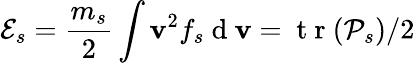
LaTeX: \mathcal{E}_{s}=\frac{m_{s}}{2}\int\mathbf{v}^{2}f_{s}\mathrm{~d~}\mathbf{v}=\mathrm{~t~r~}(\mathcal{P}_{s})/2